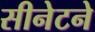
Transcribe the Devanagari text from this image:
सीनेटने